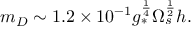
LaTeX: m _ { D } \sim 1 . 2 \times 1 0 ^ { - 1 } g _ { * } ^ { \frac { 1 } { 4 } } \Omega _ { s } ^ { \frac { 1 } { 2 } } h .